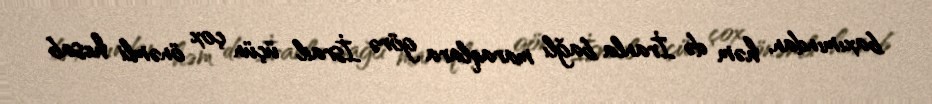
baxımından, həm də İranla bağlı maraqlara görə İsrail üçün çox önəmli hesab